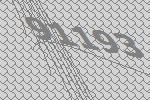
91193